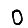
Digit: 0